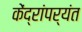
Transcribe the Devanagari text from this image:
केंद्रांपर्यंत